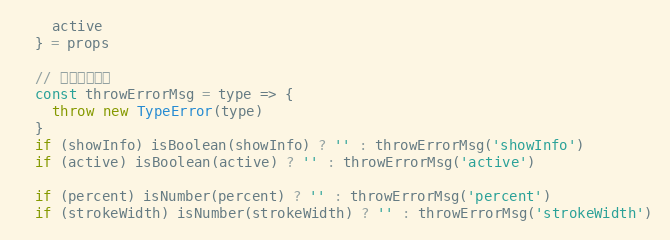
Language: JavaScript
    active
  } = props

  // 抛出错误信息
  const throwErrorMsg = type => {
    throw new TypeError(type)
  }
  if (showInfo) isBoolean(showInfo) ? '' : throwErrorMsg('showInfo')
  if (active) isBoolean(active) ? '' : throwErrorMsg('active')

  if (percent) isNumber(percent) ? '' : throwErrorMsg('percent')
  if (strokeWidth) isNumber(strokeWidth) ? '' : throwErrorMsg('strokeWidth')